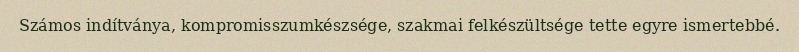
Számos indítványa, kompromisszumkészsége, szakmai felkészültsége tette egyre ismertebbé.